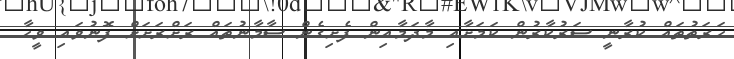
ހަރަތުތައް ކުރާނީ ސަރުކާރުން ކަމަށާއި މާދަމާއިން ފެށިގެން ސާމާނުތައް ރަށްރަށަށް ފޮނުވައި ވީހާ